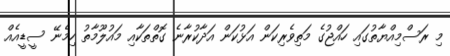
މި ރަސްމިއްޔާތުގައި ހައްޖުގެ މަތިވެރިކަން އަޅުކަން އަދާކުރާނެ ގޮތްތަކާއި މައުލޫމާތު ހިމެނޭ ސީޑީއެއް